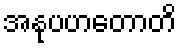
အနုပဟတောတိ